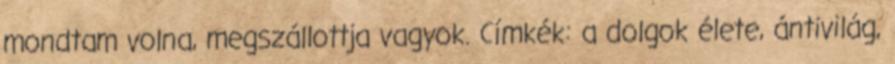
mondtam volna, megszállottja vagyok. Címkék: a dolgok élete, ántivilág,